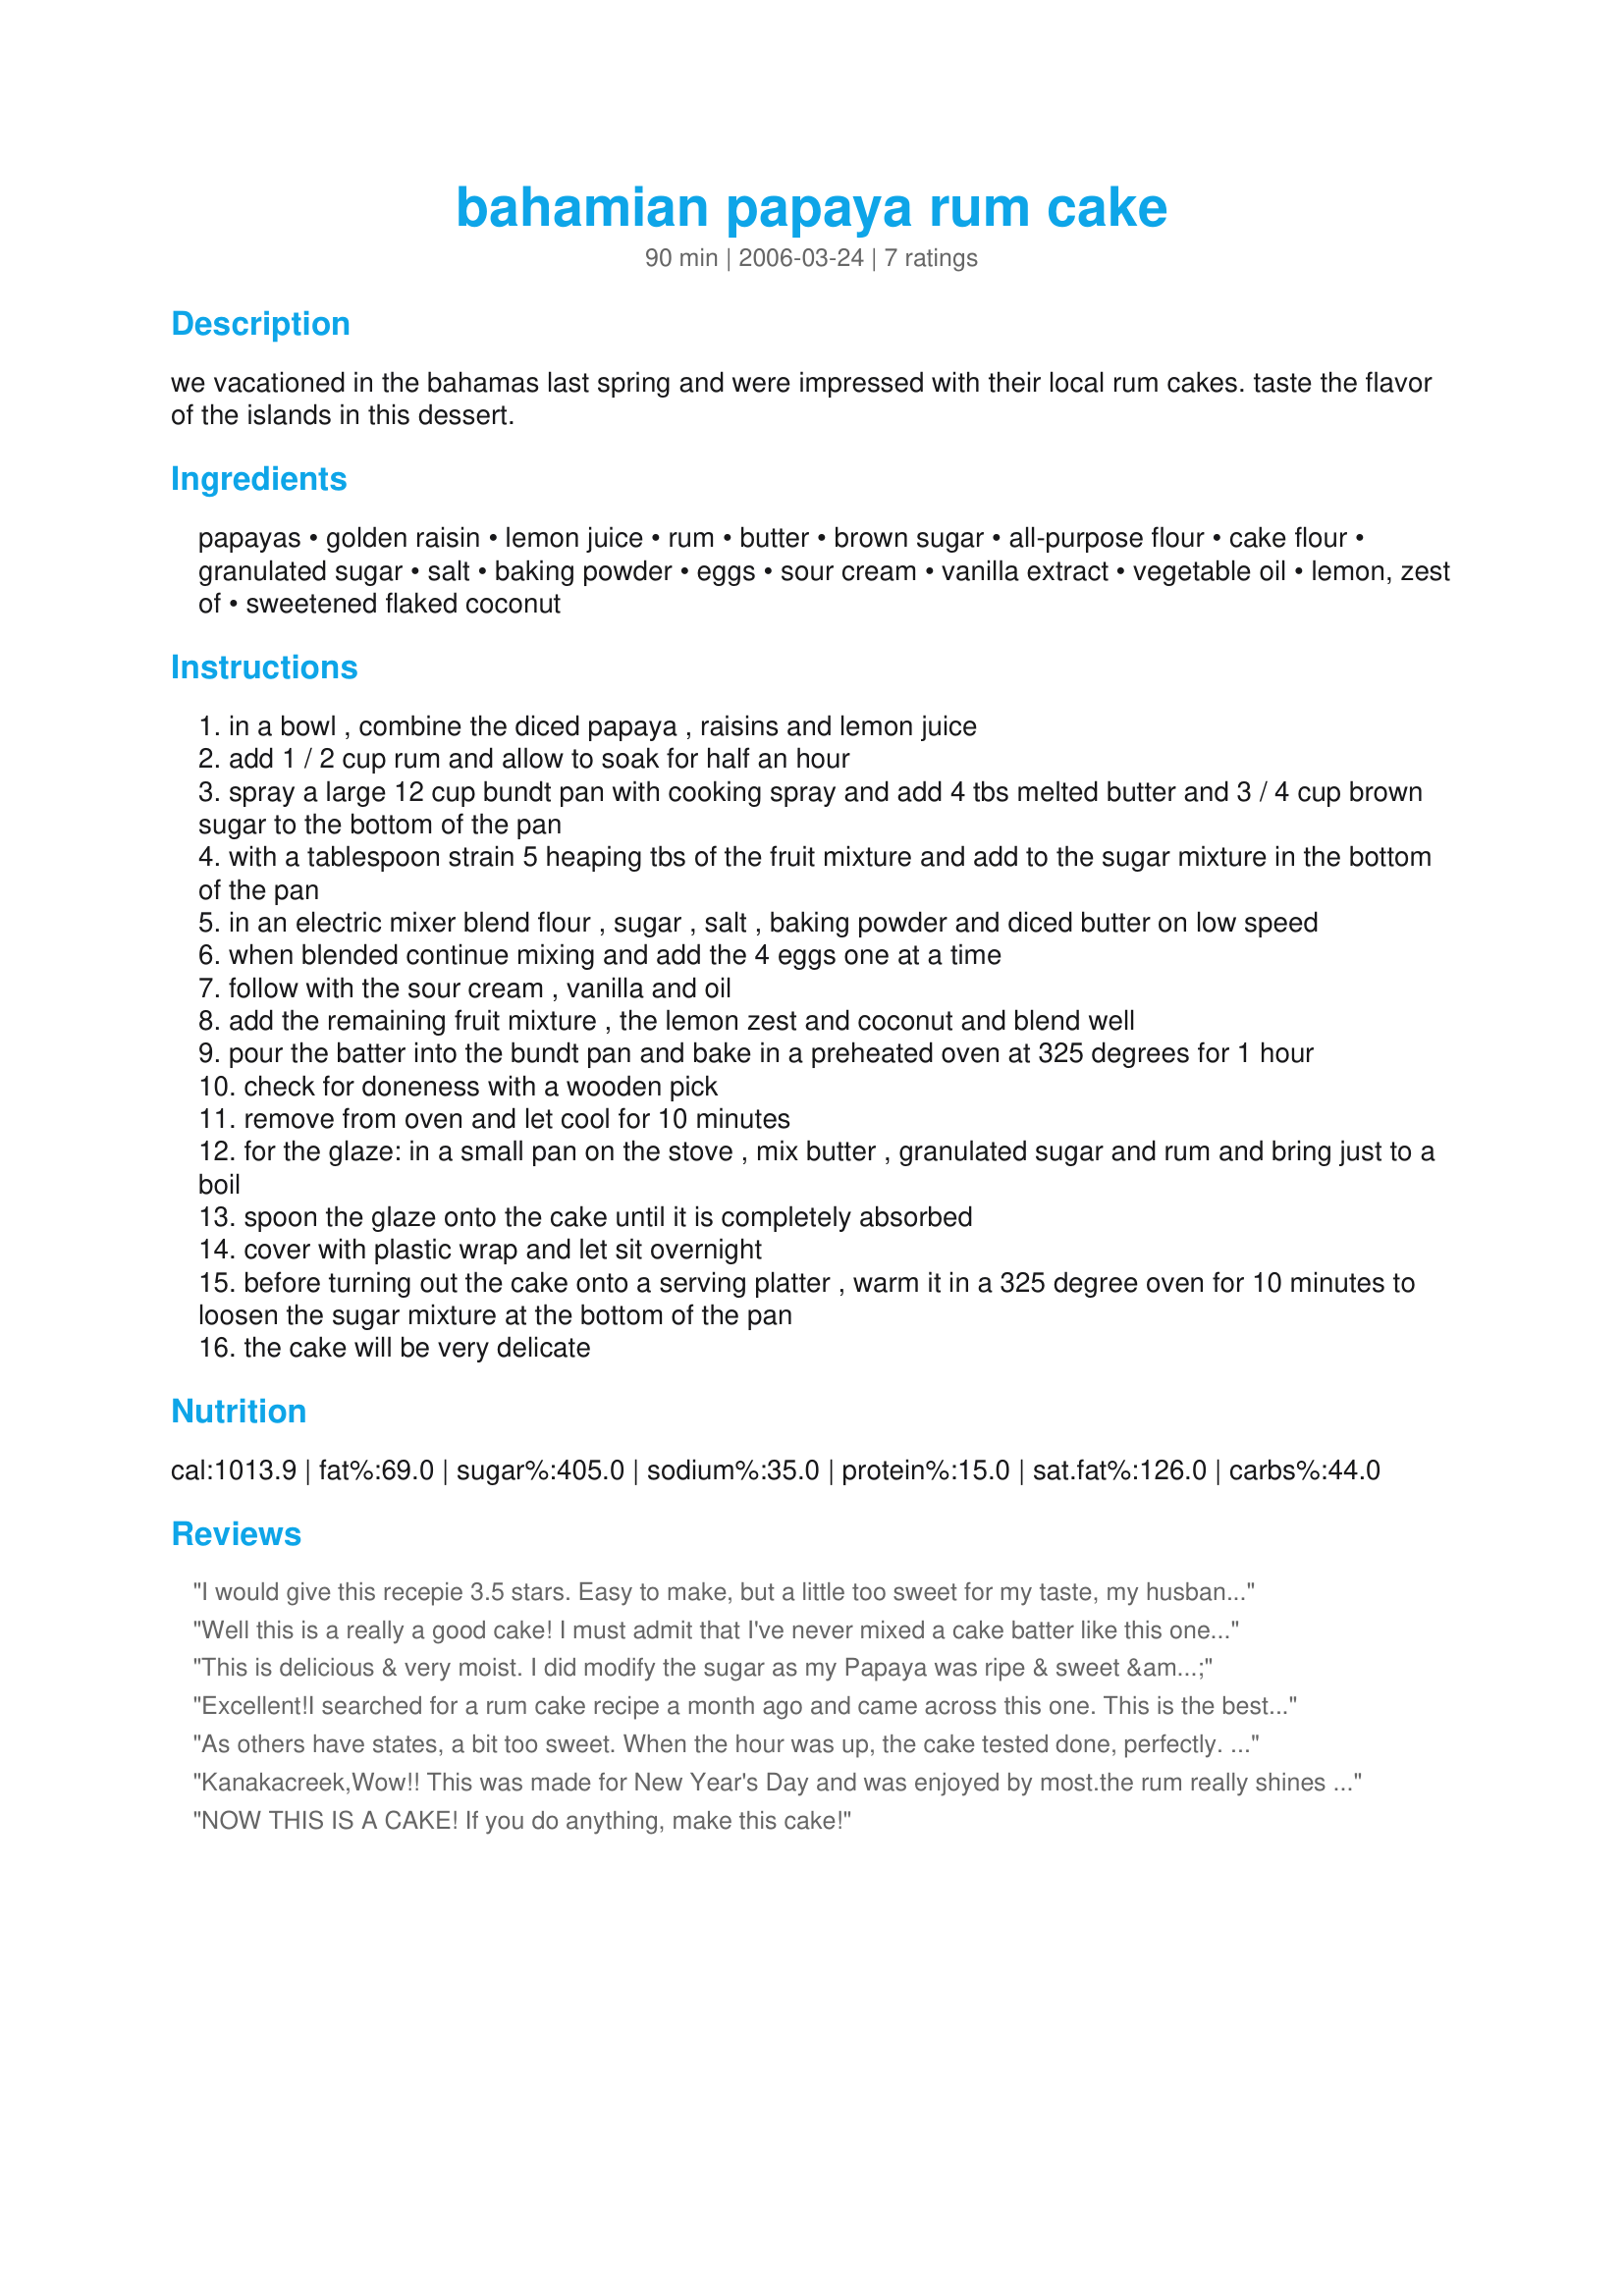
bahamian papaya rum cake
Preparation time: 90 minutes

we vacationed in the bahamas last spring and were impressed with their local rum cakes. taste the flavor of the islands in this dessert.

Ingredients:
papayas, golden raisin, lemon juice, rum, butter, brown sugar, all-purpose flour, cake flour, granulated sugar, salt, baking powder, eggs, sour cream, vanilla extract, vegetable oil, lemon, zest of, sweetened flaked coconut

Steps:
in a bowl , combine the diced papaya , raisins and lemon juice
add 1 / 2 cup rum and allow to soak for half an hour
spray a large 12 cup bundt pan with cooking spray and add 4 tbs melted butter and 3 / 4 cup brown sugar to the bottom of the pan
with a tablespoon strain 5 heaping tbs of the fruit mixture and add to the sugar mixture in the bottom of the pan
in an electric mixer blend flour , sugar , salt , baking powder and diced butter on low speed
when blended continue mixing and add the 4 eggs one at a time
follow with the sour cream , vanilla and oil
add the remaining fruit mixture , the lemon zest and coconut and blend well
pour the batter into the bundt pan and bake in a preheated oven at 325 degrees for 1 hour
check for doneness with a wooden pick
remove from oven and let cool for 10 minutes
for the glaze: in a small pan on the stove , mix butter , granulated sugar and rum and bring just to a boil
spoon the glaze onto the cake until it is completely absorbed
cover with plastic wrap and let sit overnight
before turning out the cake onto a serving platter , warm it in a 325 degree oven for 10 minutes to loosen the sugar mixture at the bottom of the pan
the cake will be very delicate

Reviews:
I would give this recepie 3.5 stars. Easy to make, but a little too sweet for my taste, my husband loved it though.Next time I would reduce sugar in half, or maybe my papaya was just very sweet. I skipped the last step and did not warm it up in the oven before inverting it on the serving dish, since it was coming out easily by itself. It had a perfect top,something you would see on the cover of cooking magazine, inside is very moist and delicate. Good cake to make if you want to impress your guests. Thank you.
Well this is a really a good cake! I must admit that I've never mixed a cake batter like this one, adding eggs directly to the dry ingredients, but it works very well. The next time I make it I will decrease the sugar some as it is a little too sweet for me and reduce the amount of brown sugar in the topping. The cake looked beautiful when I turned it out. This recipe is so good and unique that I want to try it next time with mango , which I love, and a dark rum.
This is delicious & very moist. I did modify the sugar as my Papaya was ripe & sweet & reading the recipe u began to wonder about the sugar. I like sweet cakes but did not want it so sweet I could not eat it. On Fruit filling no changes but I did change to 3/4 cup sugar in the cake mix. When the cake is done I let it sit for 10 to 12 min. then turned it onto a plate & then poured about 1/2 of the syrup & rum onto cake. It was almost too much but I put cake in fridge & it was wonderful. Will definitely make again & will only make 1/2 rum glaze as that is plenty for me. It is definitely a keeper. Thanks for posting.
Excellent!I searched for a rum cake recipe a month ago and came across this one. This is the best cake ever! I have made this cake 12 times.My friends and family love it! Don't change a thing.Very moist and delicious.I would rate this recipe 10 stars, if I could.
As others have states, a bit too sweet. When the hour was up, the cake tested done, perfectly. However upon cutting into it, near the center some of it was not done. So I would bake longer in the future and reduce sugar.....however leave the rum as is. This would work well with mango. Extra-ordinarily moist cake. Since the &quot;glaze&quot; is to be put on to soak into the cake prior to coming out of the pan, it is really not a glaze, but a soak. Topping, cake and &quot;glaze&quot; reduce sugar by 25-40% and it will be better.
Kanakacreek,Wow!! This was made for New Year's Day and was enjoyed by most.the rum really shines through.I may have spotted a typo,as in the Glaze granulated sugar is specified , but in the directions you indicate brown sugar,perhaps a correction needed. I had to make it in a large angel cake pan as I thought my 10 cup bundt pan would ,or could overflow.Am sure the bundt pan would do a nicer presentation.Will make again...Don...I did top it with a little whipped cream with rum extract,as if it wasn't rich enough,oh well the diet did not start until today...
NOW THIS IS A CAKE! If you do anything, make this cake!
